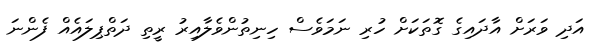
އަދި ވަރަށް އާދައިގެ ގޮތަކަށް ހުރި ނަމަވެސް ހިނިތުންވެލާއިރު ރީތި ދަތްޕިލައެއް ފެންނަ